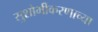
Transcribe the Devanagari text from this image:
सुशोभीकरणाच्या